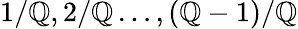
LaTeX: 1/\mathbb{Q},2/\mathbb{Q}\dots,(\mathbb{Q}-1)/\mathbb{Q}